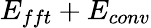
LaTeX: E_{fft}+E_{conv}